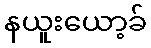
နယူးယော့ခ်